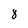
Character: 8